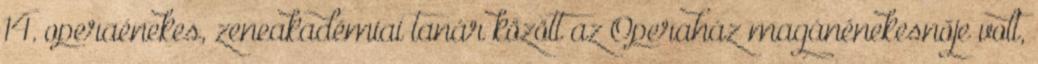
14. operaénekes, zeneakadémiai tanár között az Operaház magánénekesnője volt,